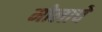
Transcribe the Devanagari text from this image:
मोलाचेे